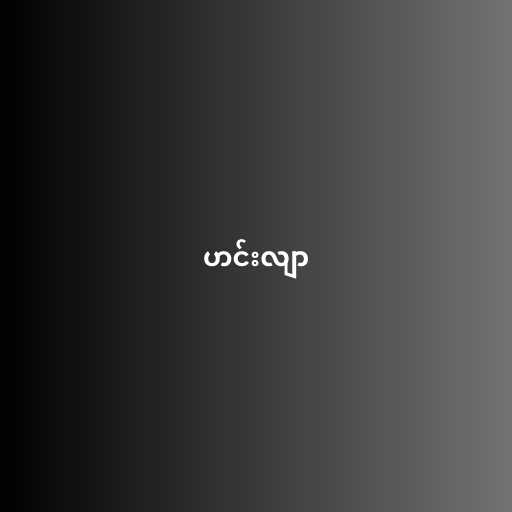
ဟင်းလျာ